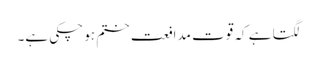
لگتا ہے کہ قوت مدافعت ختم ہو چکی ہے۔